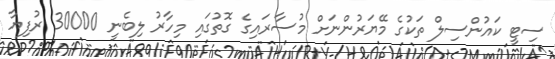
ސިޓީ ކައުންސިލް ތަކުގެ މޭޔަރުންނަށް މުސާރައިގެ ގޮތުގައި މިހާރު ލިބެނީ 30000 ރުފިޔާ